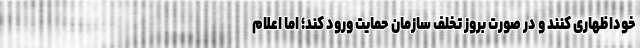
خوداظهاری کنند و در صورت بروز تخلف سازمان حمایت ورود کند؛ اما اعلام